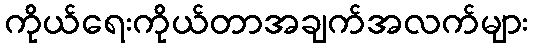
ကိုယ်ရေးကိုယ်တာအချက်အလက်များ